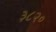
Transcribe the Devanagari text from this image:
३८२०